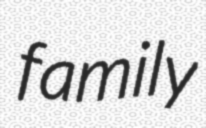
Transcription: family